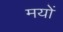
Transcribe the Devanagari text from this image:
मयों